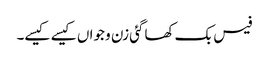
فیس بک کھاگئی زن و جواں کیسے کیسے۔